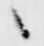
之